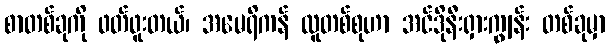
စာတစ်ခုကို ဖတ်ဖူးတယ်၊ အမေရိကန် လူတစ်စုဟာ အင်ဒိုနီးရှားကျွန်း တစ်ခုမှာ